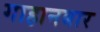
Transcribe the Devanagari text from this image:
गाहानबार